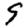
Digit: 9